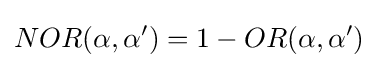
NOR(\alpha ,\alpha ')=1-OR(\alpha ,\alpha ')